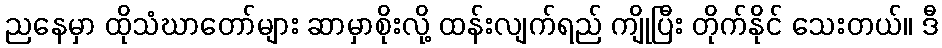
ညနေမှာ ထိုသံဃာတော်များ ဆာမှာစိုးလို့ ထန်းလျက်ရည် ကျိုပြီး တိုက်နိုင် သေးတယ်။ ဒီ